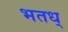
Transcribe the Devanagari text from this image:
भतध्